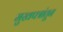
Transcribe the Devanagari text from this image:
मुखपत्रांतून